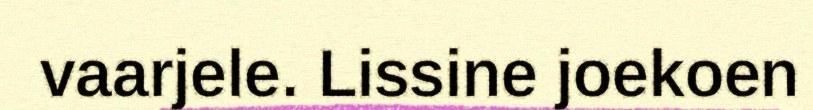
vaarjele. Lissine joekoen